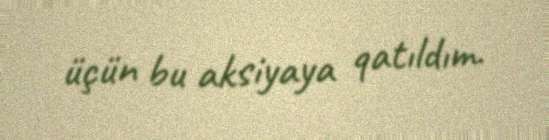
üçün bu aksiyaya qatıldım.